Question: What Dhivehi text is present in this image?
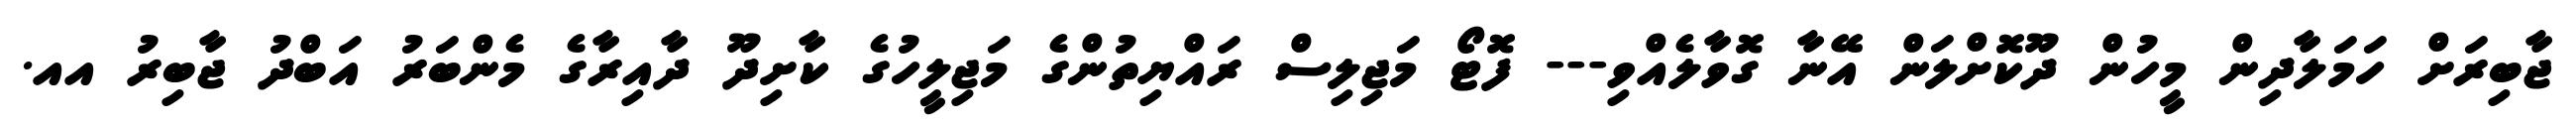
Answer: ޖާބިރަށް ހަމަލާދިން މީހުން ދޫކޮށްލަން އޭނާ ގޮވާލެއްވި--- ފޮޓޯ މަޖިލިސް ރައްޔިތުންގެ މަޖިލީހުގެ ކާށިދޫ ދާއިރާގެ މެންބަރު އަބްދު ޖާބިރު އއ.